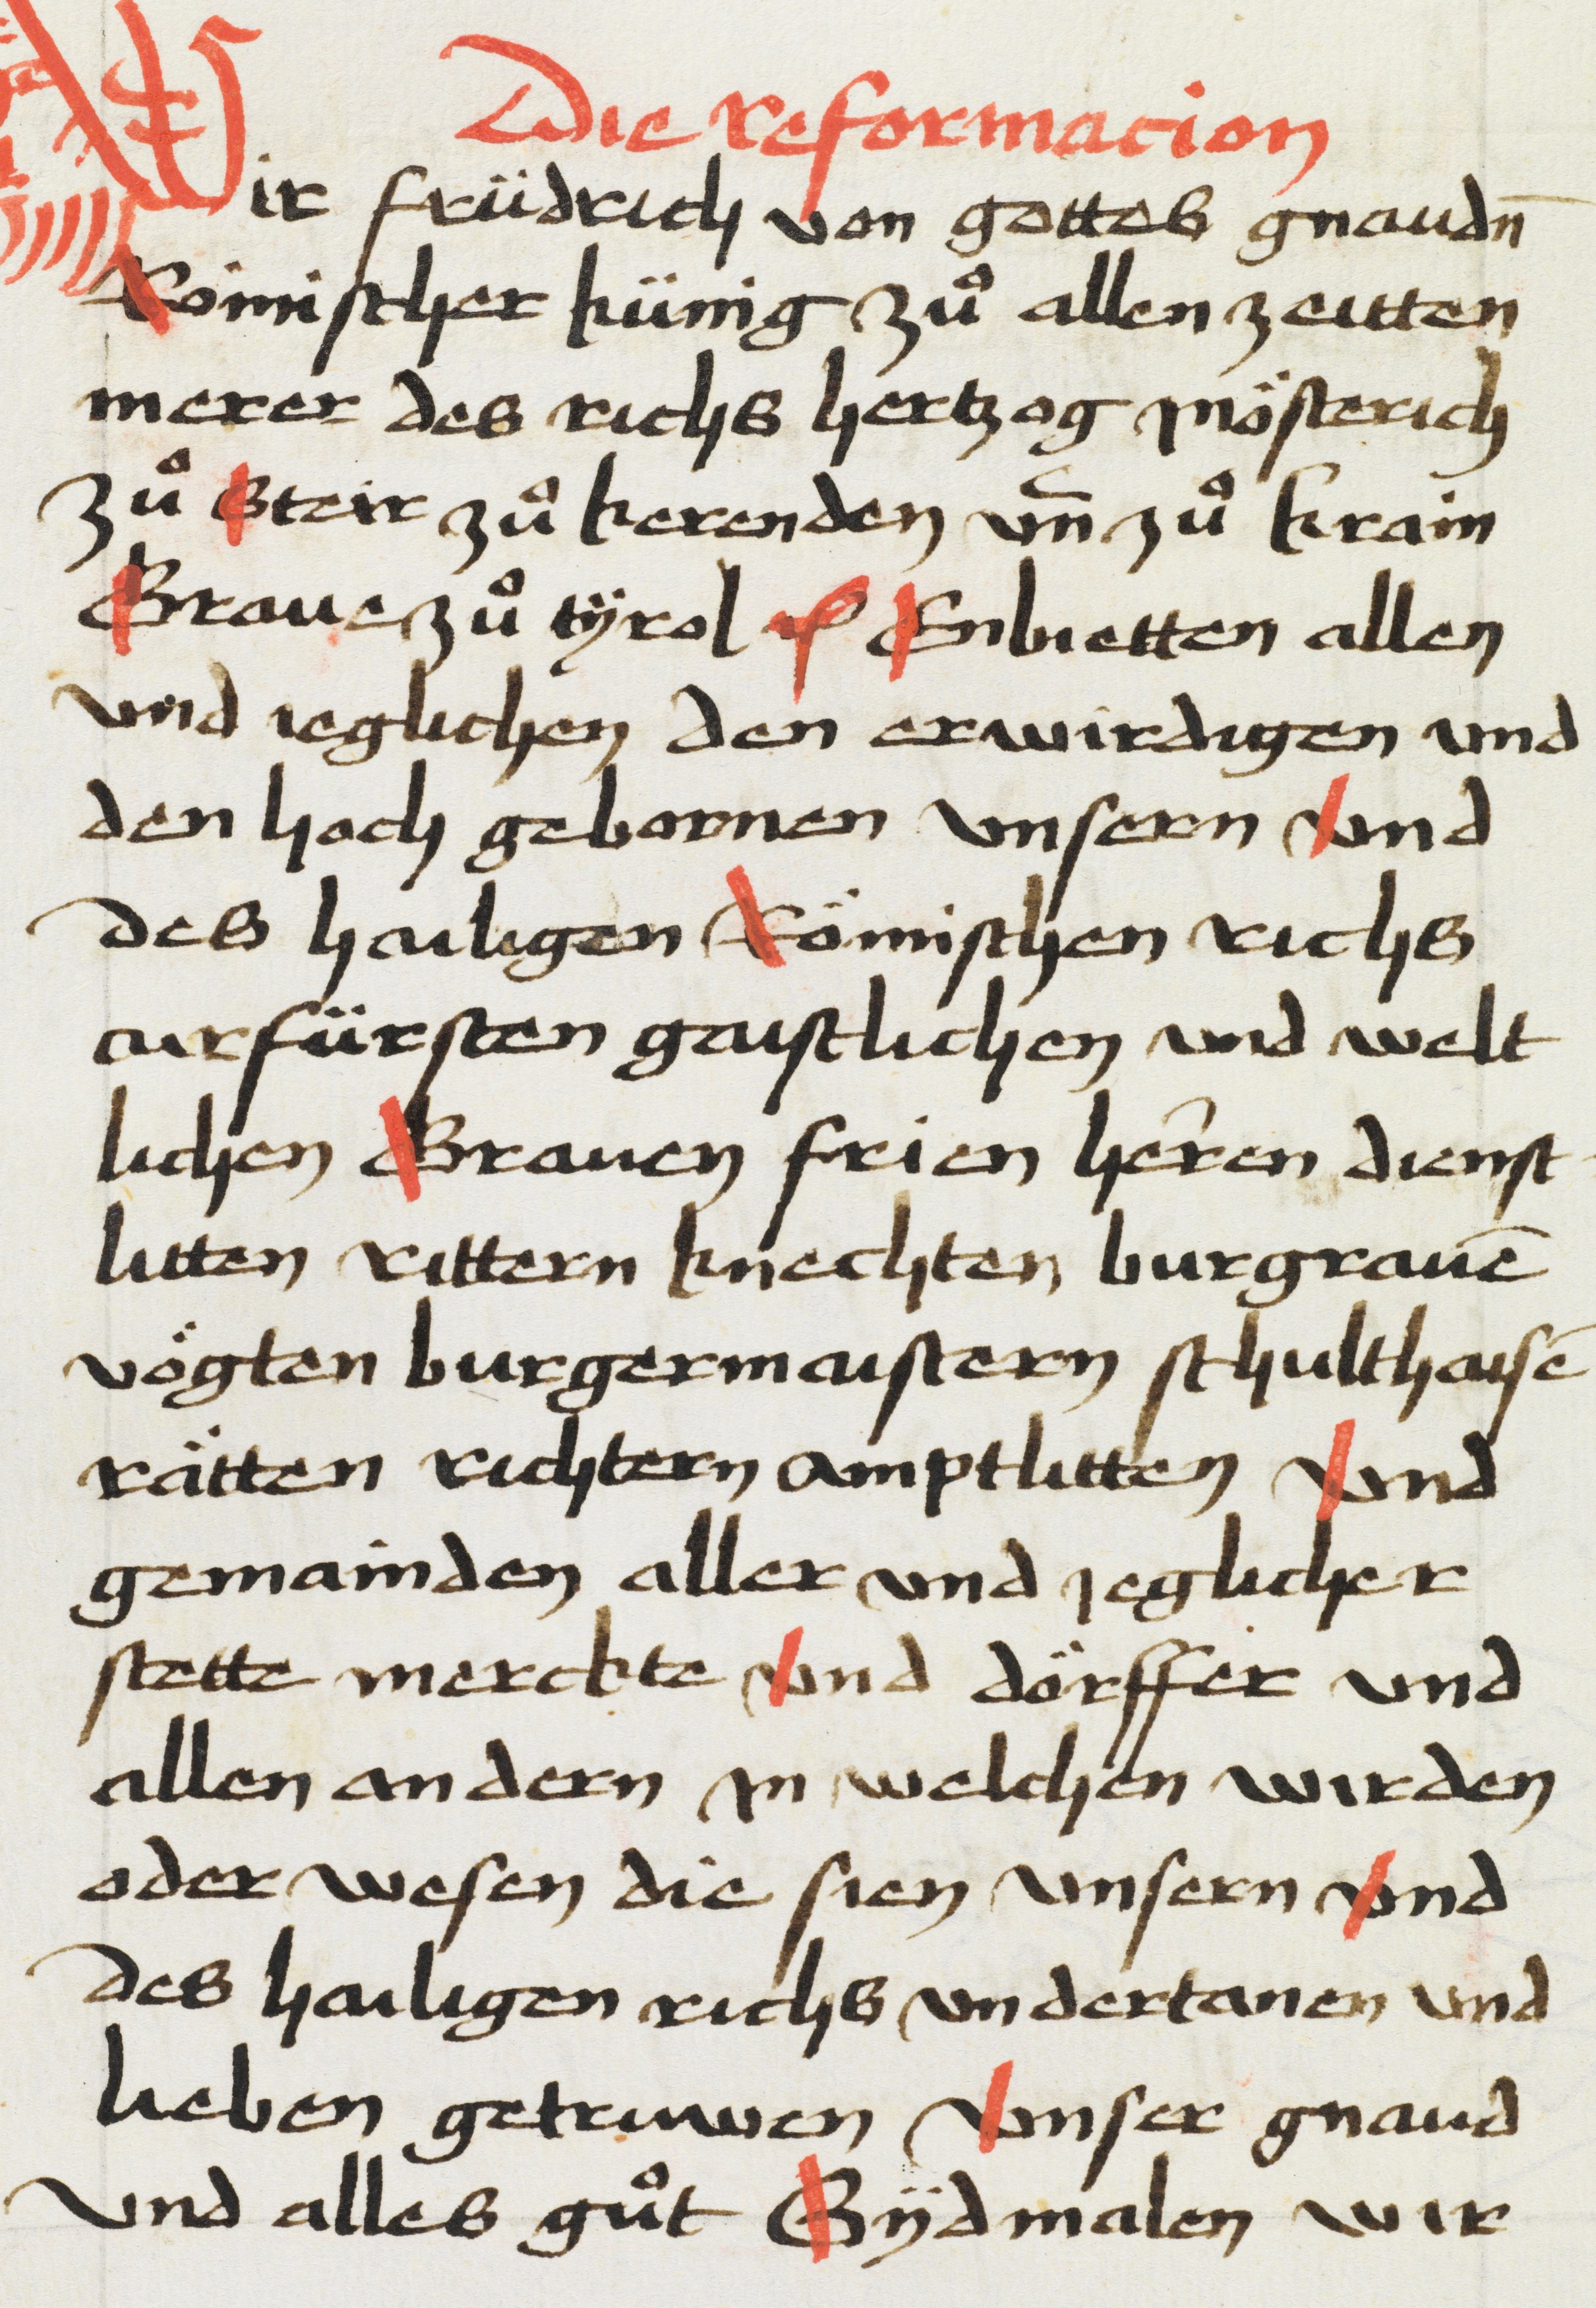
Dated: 1469–1469